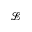
\mathcal { L }